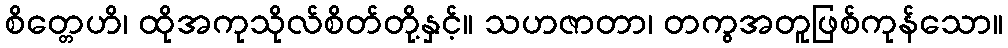
စိတ္တေဟိ၊ ထိုအကုသိုလ်စိတ်တို့နှင့်။ သဟဇာတာ၊ တကွအတူဖြစ်ကုန်သော။